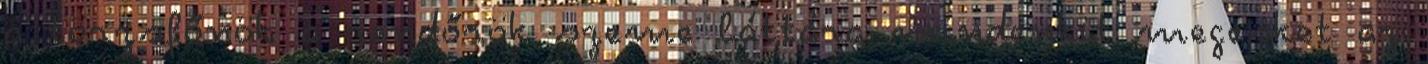
a törzsfőnök a rendőrök szeme láttára mindenkit megesket az